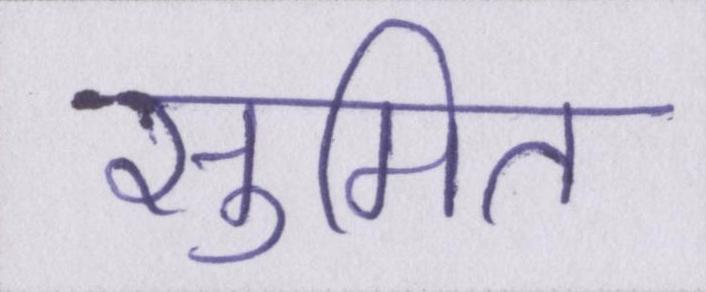
सुमित